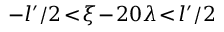
- l ^ { \prime } / 2 \! < \! \xi \! - \! 2 0 \lambda \! < \! l ^ { \prime } / 2